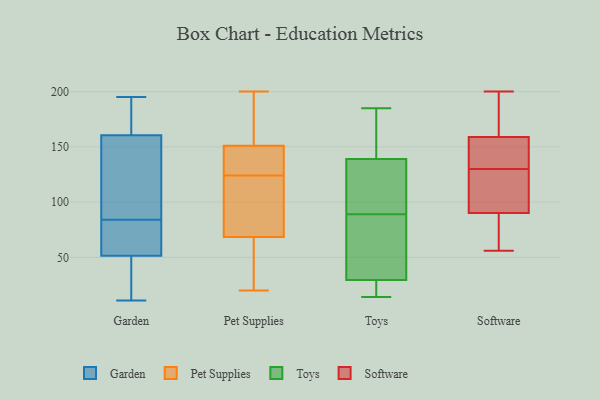
{"axis": {"x": "Satisfaction Score", "y": "Value"}, "legend": ["Garden", "Pet Supplies", "Software", "Toys"], "data": [{"x": "", "y": 158, "type": "Garden"}, {"x": "", "y": 75, "type": "Garden"}, {"x": "", "y": 48, "type": "Garden"}, {"x": "", "y": 171, "type": "Garden"}, {"x": "", "y": 23, "type": "Garden"}, {"x": "", "y": 55, "type": "Garden"}, {"x": "", "y": 195, "type": "Garden"}, {"x": "", "y": 92, "type": "Garden"}, {"x": "", "y": 149, "type": "Garden"}, {"x": "", "y": 63, "type": "Garden"}, {"x": "", "y": 11, "type": "Garden"}, {"x": "", "y": 148, "type": "Garden"}, {"x": "", "y": 163, "type": "Garden"}, {"x": "", "y": 76, "type": "Garden"}, {"x": "", "y": 30, "type": "Garden"}, {"x": "", "y": 186, "type": "Garden"}, {"x": "", "y": 200, "type": "Pet Supplies"}, {"x": "", "y": 69, "type": "Pet Supplies"}, {"x": "", "y": 160, "type": "Pet Supplies"}, {"x": "", "y": 27, "type": "Pet Supplies"}, {"x": "", "y": 176, "type": "Pet Supplies"}, {"x": "", "y": 124, "type": "Pet Supplies"}, {"x": "", "y": 148, "type": "Pet Supplies"}, {"x": "", "y": 76, "type": "Pet Supplies"}, {"x": "", "y": 124, "type": "Pet Supplies"}, {"x": "", "y": 138, "type": "Pet Supplies"}, {"x": "", "y": 67, "type": "Pet Supplies"}, {"x": "", "y": 180, "type": "Pet Supplies"}, {"x": "", "y": 119, "type": "Pet Supplies"}, {"x": "", "y": 67, "type": "Pet Supplies"}, {"x": "", "y": 71, "type": "Pet Supplies"}, {"x": "", "y": 125, "type": "Pet Supplies"}, {"x": "", "y": 20, "type": "Pet Supplies"}, {"x": "", "y": 24, "type": "Toys"}, {"x": "", "y": 17, "type": "Toys"}, {"x": "", "y": 77, "type": "Toys"}, {"x": "", "y": 120, "type": "Toys"}, {"x": "", "y": 35, "type": "Toys"}, {"x": "", "y": 130, "type": "Toys"}, {"x": "", "y": 14, "type": "Toys"}, {"x": "", "y": 159, "type": "Toys"}, {"x": "", "y": 148, "type": "Toys"}, {"x": "", "y": 46, "type": "Toys"}, {"x": "", "y": 185, "type": "Toys"}, {"x": "", "y": 101, "type": "Toys"}, {"x": "", "y": 156, "type": "Software"}, {"x": "", "y": 140, "type": "Software"}, {"x": "", "y": 56, "type": "Software"}, {"x": "", "y": 198, "type": "Software"}, {"x": "", "y": 90, "type": "Software"}, {"x": "", "y": 91, "type": "Software"}, {"x": "", "y": 159, "type": "Software"}, {"x": "", "y": 60, "type": "Software"}, {"x": "", "y": 120, "type": "Software"}, {"x": "", "y": 200, "type": "Software"}]}